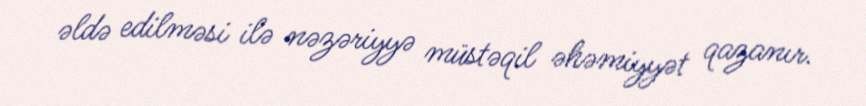
əldə edilməsi ilə nəzəriyyə müstəqil əhəmiyyət qazanır.